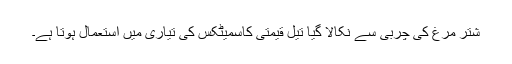
شتر مرغ کی چربی سے نکالا گیا تیل قیمتی کاسمیٹکس کی تیاری میں استعمال ہوتا ہے۔